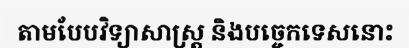
តាមបែបវិទ្យាសាស្ត្រ និងបច្ចេកទេសនោះ